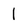
Character: 1